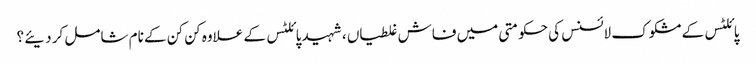
پائلٹس کے مشکوک لائسنس کی حکومتی میں فاش غلطیاں ، شہید پائلٹس کے علاوہ کن کن کے نام شامل کر دیئے ؟